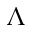
\Lambda